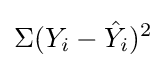
\Sigma (Y_{i}-{\hat {Y_{i}}})^{2}